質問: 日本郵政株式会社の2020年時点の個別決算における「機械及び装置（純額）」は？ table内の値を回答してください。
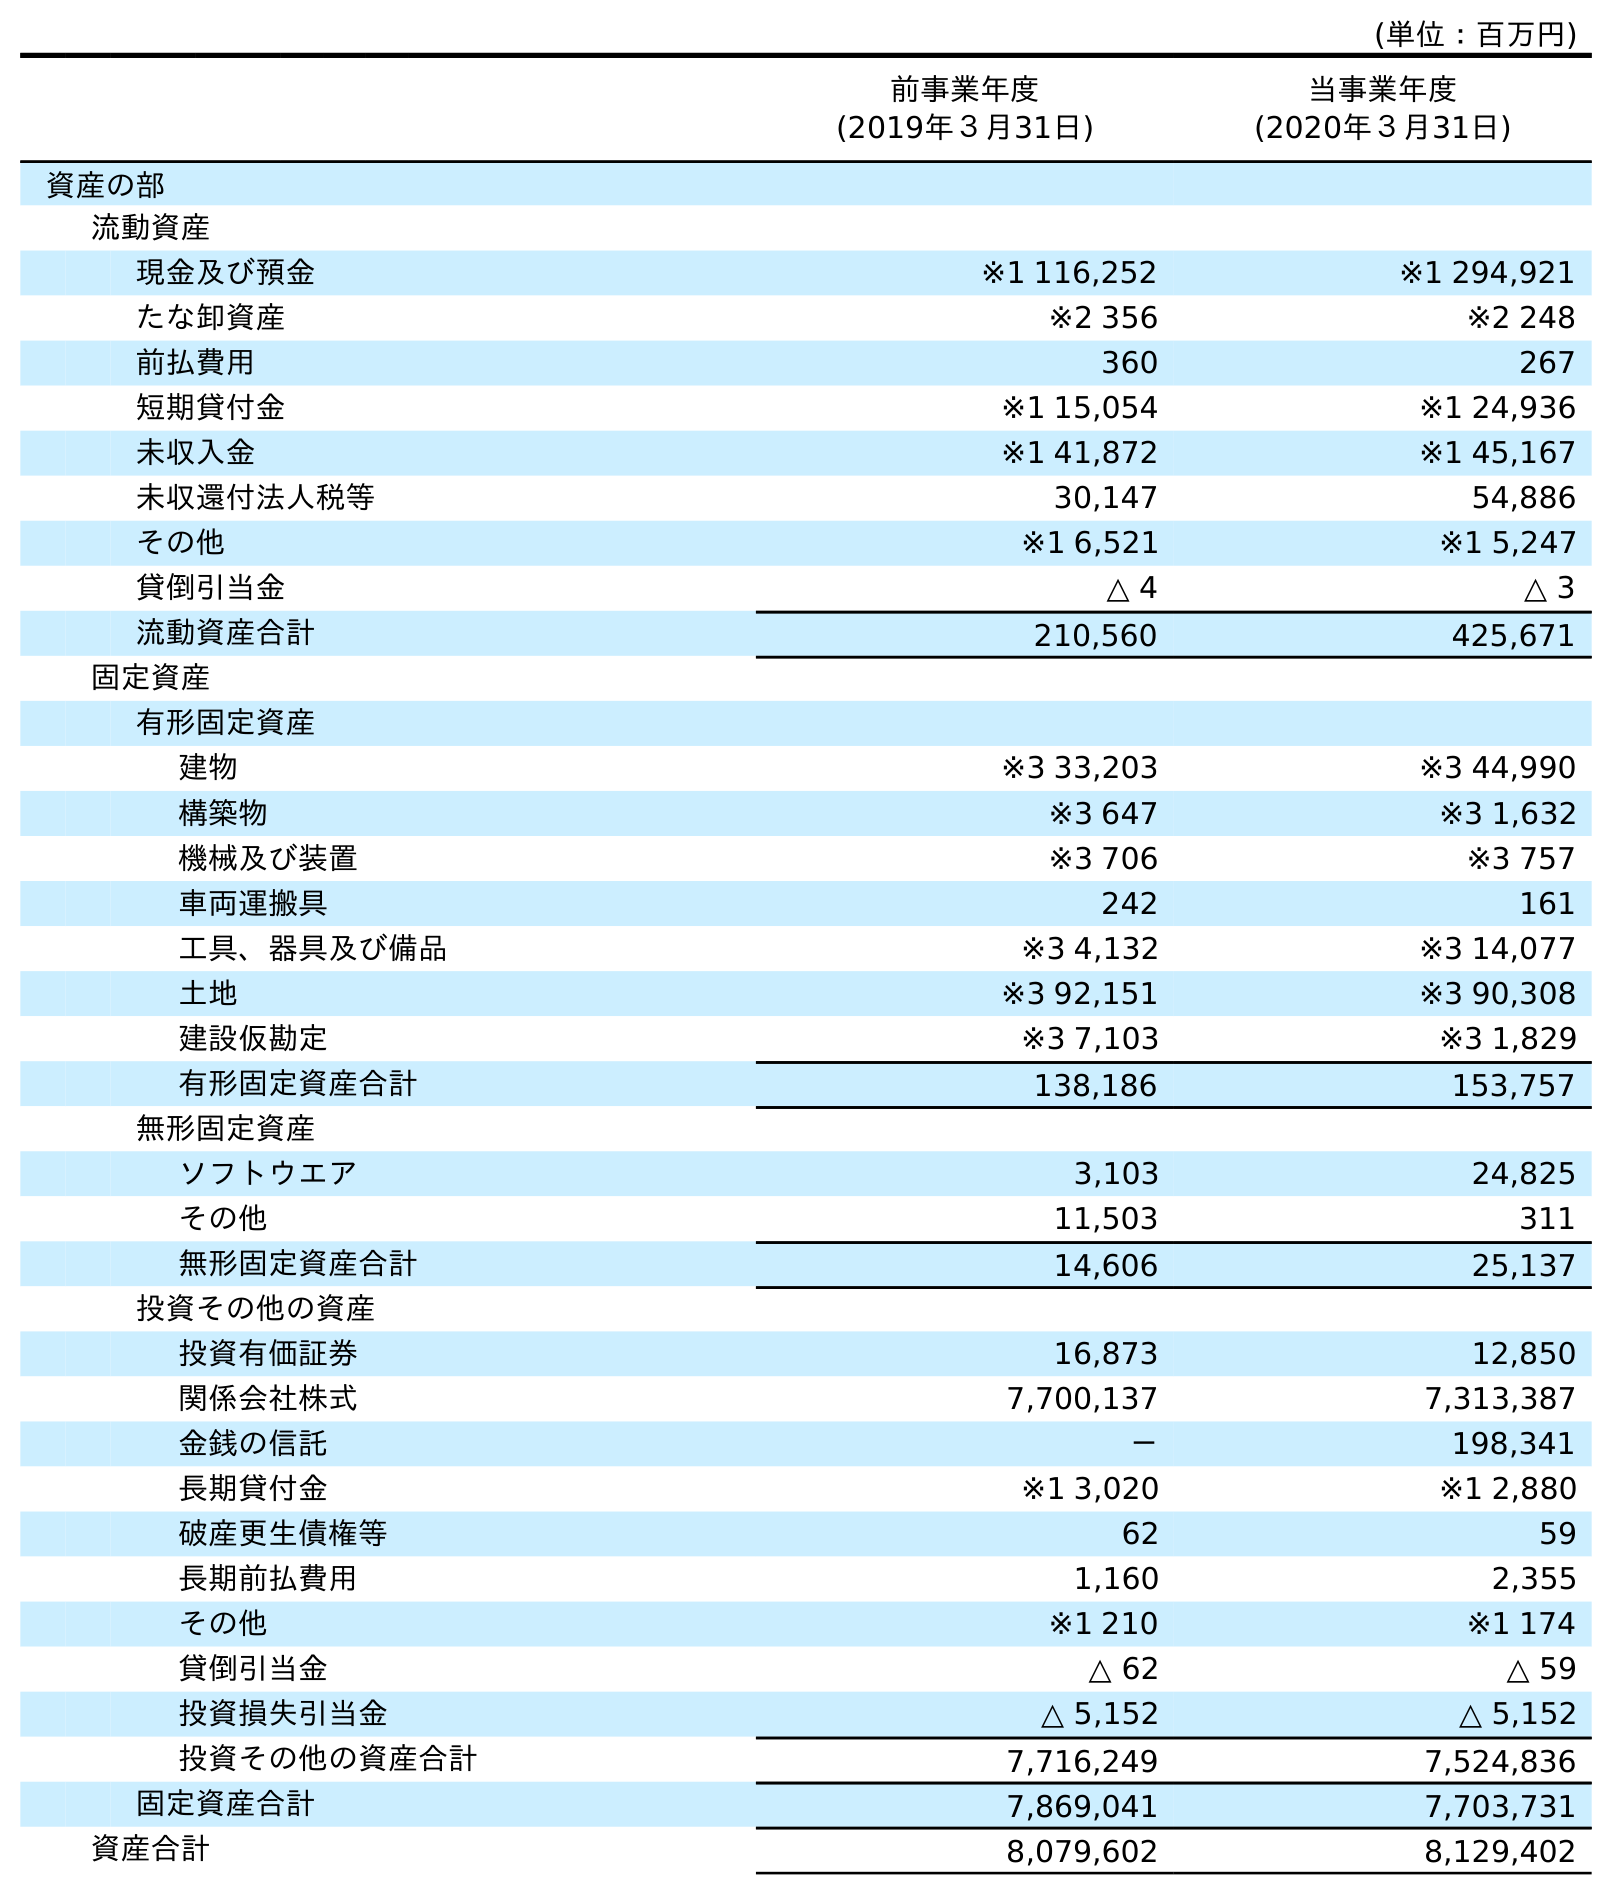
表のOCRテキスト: (単位：百万円) 前事業年度 (2019年３月31日) 当事業年度 (2020年３月31日) 資産の部 流動資産 現金及び預金 ※1 116,252 ※1 294,921 たな卸資産 ※2 356 ※2 248 前払費用 360 267 短期貸付金 ※1 15,054 ※1 24,936 未収入金 ※1 41,872 ※1 45,167 未収還付法人税等 30,147 54,886 その他 ※1 6,521 ※1 5,247 貸倒引当金 △ 4 △ 3 流動資産合計 210,560 425,671 固定資産 有形固定資産 建物 ※3 33,203 ※3 44,990 構築物 ※3 647 ※3 1,632 機械及び装置 ※3 706 ※3 757 車両運搬具 242 161 工具、器具及び備品 ※3 4,132 ※3 14,077 土地 ※3 92,151 ※3 90,308 建設仮勘定 ※3 7,103 ※3 1,829 有形固定資産合計 138,186 153,757 無形固定資産 ソフトウエア 3,103 24,825 その他 11,503 311 無形固定資産合計 14,606 25,137 投資その他の資産 投資有価証券 16,873 12,850 関係会社株式 7,700,137 7,313,387 金銭の信託 － 198,341 長期貸付金 ※1 3,020 ※1 2,880 破産更生債権等 62 59 長期前払費用 1,160 2,355 その他 ※1 210 ※1 174 貸倒引当金 △ 62 △ 59 投資損失引当金 △ 5,152 △ 5,152 投資その他の資産合計 7,716,249 7,524,836 固定資産合計 7,869,041 7,703,731 資産合計 8,079,602 8,129,402
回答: ※3757